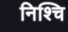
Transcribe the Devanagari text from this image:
निश्चि